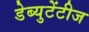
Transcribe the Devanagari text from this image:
डेब्युटेंटीज